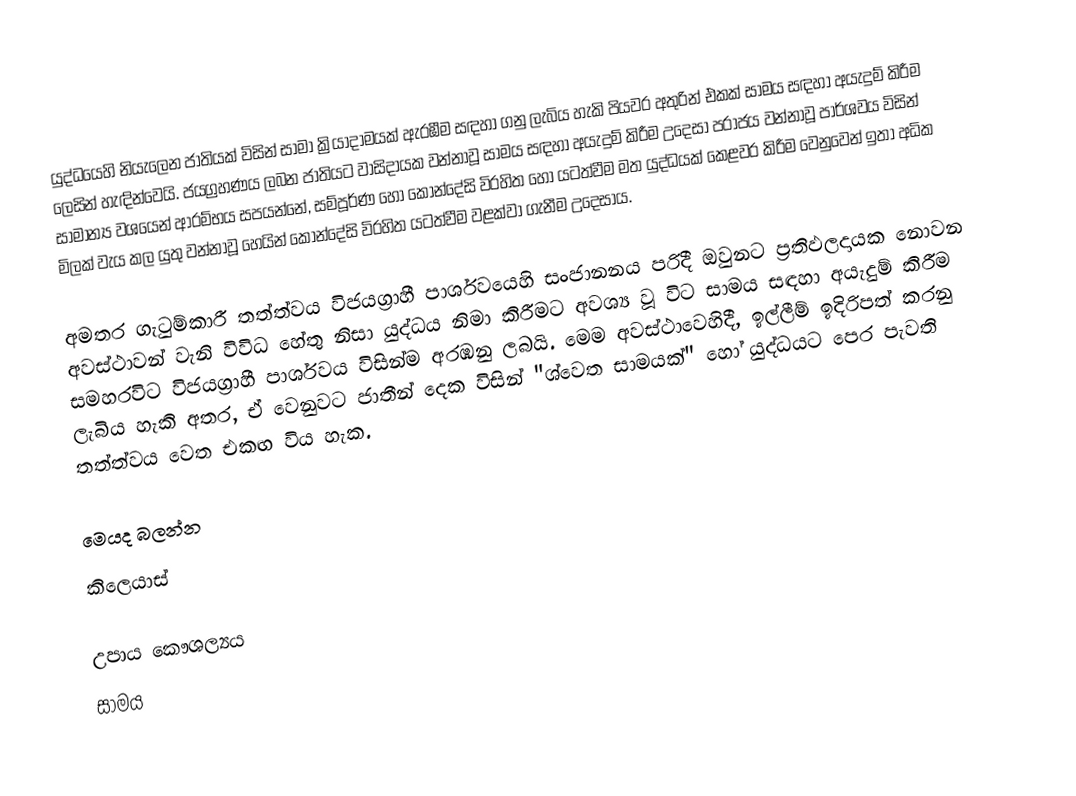
යුද්ධයෙහි නියැලෙන ජාතියක් විසින් සාමා ක්‍රියාදාමයක් ඇරඹීම සඳහා ගනු ලැබිය හැකි පියවර අතුරින් එකක්   සාමය සඳහා අයැදුම් කිරීම  ලෙසින් හැඳින්වෙයි. ජයග්‍රහණය ලබන ජාතියට වාසිදායක වන්නාවූ සාමය සඳහා අයැදුම් කිරීම උදෙසා  පරාජය වන්නාවූ පාර්ශවය විසින් සාමාන්‍ය වශයෙන් ආරම්භය සපයන්නේ, සම්පූර්ණ හෝ  කොන්දේසි විරහිත   හෝ යටත්වීම මත යුද්ධයක් කෙළවර කිරීම වෙනුවෙන් ඉතා අධික මිලක් වැය කල යුතු වන්නාවූ   හෙයින් කොන්දේසි විරහිත යටත්වීම වළක්වා ගැනීම උදෙසාය.

අමතර ගැටුම්කාරී තත්ත්වය විජයග්‍රාහී පාර්ශවයෙහි සංජානනය පරිදී ඔවුනට ප්‍රතිඵලදායක නොවන අවස්ථාවන් වැනි විවිධ හේතු නිසා යුද්ධය නිමා කිරීමට අවශ්‍ය වූ විට සාමය සඳහා අයැදුම් කිරීම සමහරවිට විජයග්‍රාහී පාර්ශවය විසින්ම අරඹනු ලබයි. මෙම අවස්ථාවෙහිදී, ඉල්ලීම් ඉදිරිපත් කරනු ලැබිය හැකි අතර, ඒ වෙනුවට ජාතීන් දෙක විසින්  "ශ්වෙත සාමයක්" හෝ යුද්ධයට පෙර පැවති තත්ත්වය වෙත එකඟ විය හැක.

මෙයද බලන්න
කිලෙයාස්

උපාය කෞශල්‍යය
සාමය